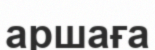
аршаға